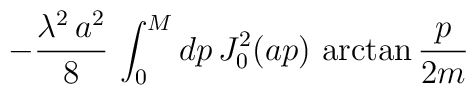
- \frac{\lambda^2\,a^2}{8}\,\int_0^M dp\,J_0^2(a p)\,\arctan\frac{p}{2m}